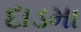
દાડમા